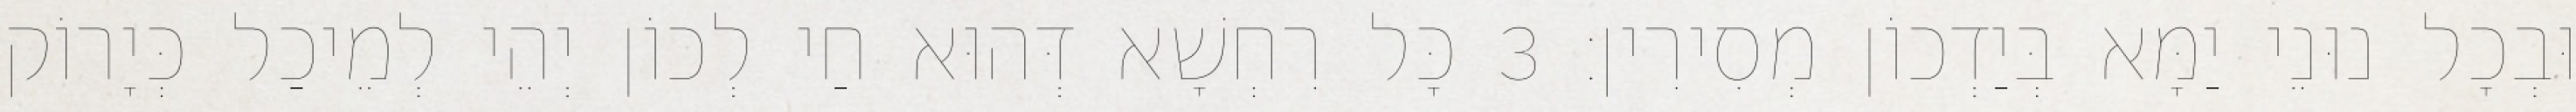
וּבְכָל נוּנֵי יַמָּא בְּיַדְכוֹן מְסִירִין׃ 3 כָּל רִחְשָׁא דְּהוּא חַי לְכוֹן יְהֵי לְמֵיכַל כְּיָרוֹק